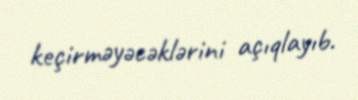
keçirməyəcəklərini açıqlayıb.